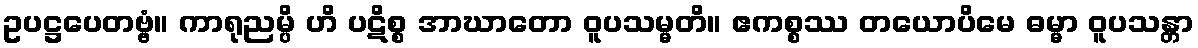
ဥပဋ္ဌပေတဗ္ဗံ။ ကာရုညမ္ပိ ဟိ ပဋိစ္စ အာဃာတော ဝူပသမ္မတိ။ ဧကစ္စဿ တယောပိမေ ဓမ္မာ ဝူပသန္တာ